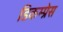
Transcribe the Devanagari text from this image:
डिकम्प्रेस